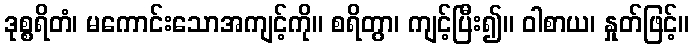
ဒုစ္စရိတံ၊ မကောင်းသောအကျင့်ကို။ စရိတွာ၊ ကျင့်ပြီး၍။ ဝါစာယ၊ နှုတ်ဖြင့်။